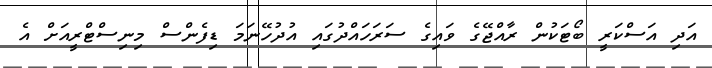
އަދި އަސްކަރީ ބޯޓަކުން ރާއްޖޭގެ ވައިގެ ސަރަހައްދުގައި އުދުހޭނަމަ ޑިފެންސް މިނިސްޓްރީއަށް އެ